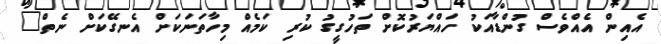
އެއިން އެއްވެސް ގުންޑާއަކު ހައްޔަރުކޮށް ތަހުގީގު ކުރި ކަމެއް މިހާތަނަކަށް އެނގޭކަށް ނެތް"